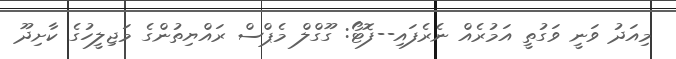
މިއަދު ވަނީ ވަގުތީ އަމުރެއް ނެރެފައި--ފޮޓޯ: ގޫގްލް މެޕްސް ރައްޔިތުންގެ މަޖިލީހުގެ ކާށިދޫ